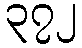
၃၇၂